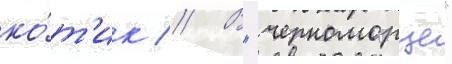
ко́т'ик // В "черноморце"